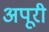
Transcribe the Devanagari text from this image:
अपूरी